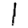
Digit: 1